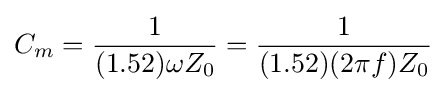
C_{m}={\frac {1}{(1.52)\omega Z_{0}}}={\frac {1}{(1.52)(2\pi f)Z_{0}}}